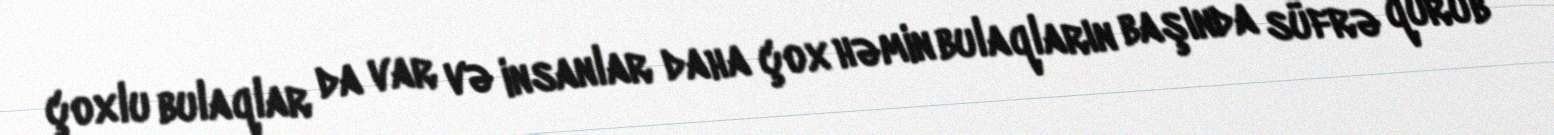
çoxlu bulaqlar da var və insanlar daha çox həmin bulaqların başında süfrə qurub